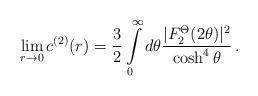
LaTeX: \begin{align*}\lim_{r\rightarrow 0}c^{(2)}(r)=\frac{3}{2}\int\limits_{0}^{\infty }d\theta \frac{|F_{2}^{\Theta }(2\theta )|^{2}}{\cosh ^{4}\theta }\,.\end{align*}